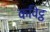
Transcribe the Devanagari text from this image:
कविट्ठ